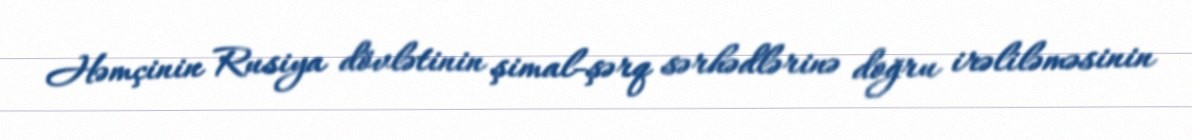
Həmçinin Rusiya dövlətinin şimal-şərq sərhədlərinə doğru irəliləməsinin